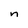
Character: n